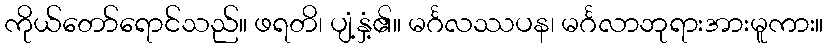
ကိုယ်တော်ရောင်သည်။ ဖရတိ၊ ပျံ့နှံ့၏။ မင်္ဂလဿပန၊ မင်္ဂလာဘုရားအားမူကား။